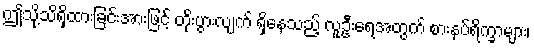
ဤသို့သိရှိထားခြင်းအားဖြင့် တိုးပွားလျက် ရှိနေသည့် လူဦးရေအတွက် စားနပ်ရိက္ခာများ၊